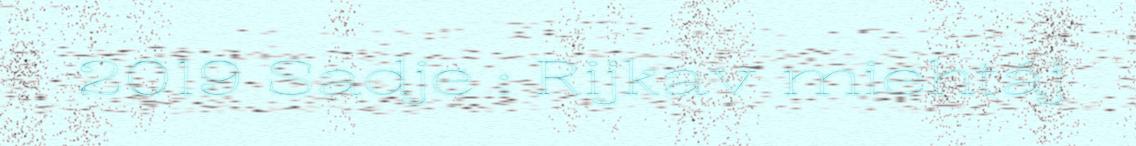
2019 Sadje : Rijkav miehtáj